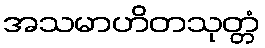
အသမာဟိတသုတ္တံ